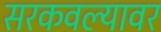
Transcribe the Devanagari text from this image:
सरकवल्यावर